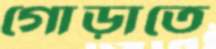
গোড়াতে